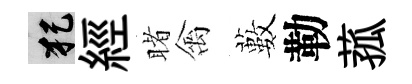
犯經睹禽藪勒菰